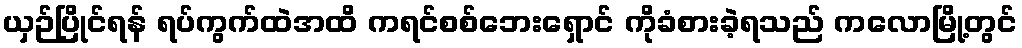
ယှဉ်ပြိုင်ရန် ရပ်ကွက်ထဲအထိ ကရင်စစ်ဘေးရှောင် ကိုခံစားခဲ့ရသည် ကလောမြို့တွင်